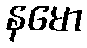
နမော